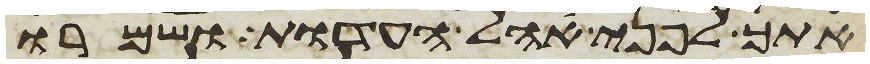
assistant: אתך לפני אהל העדות ושמרו